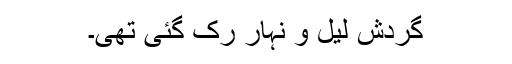
گردش لیل و نہار رک گئی تھی۔